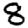
Digit: 8